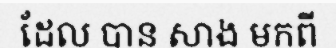
ដែល បាន សាង មកពី